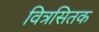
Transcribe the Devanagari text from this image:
वित्रसितक